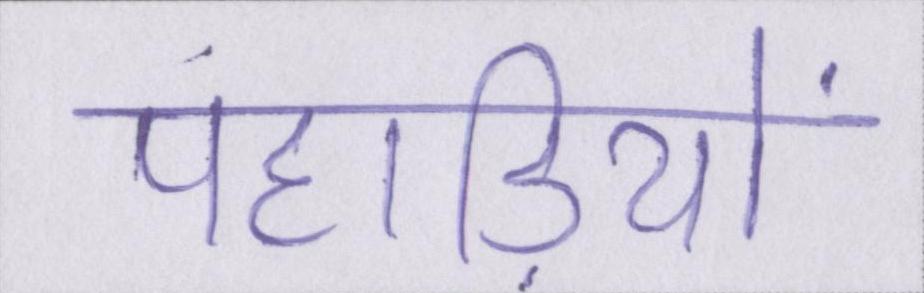
पहाड़ियो